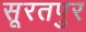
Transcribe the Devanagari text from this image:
सूरतपुर